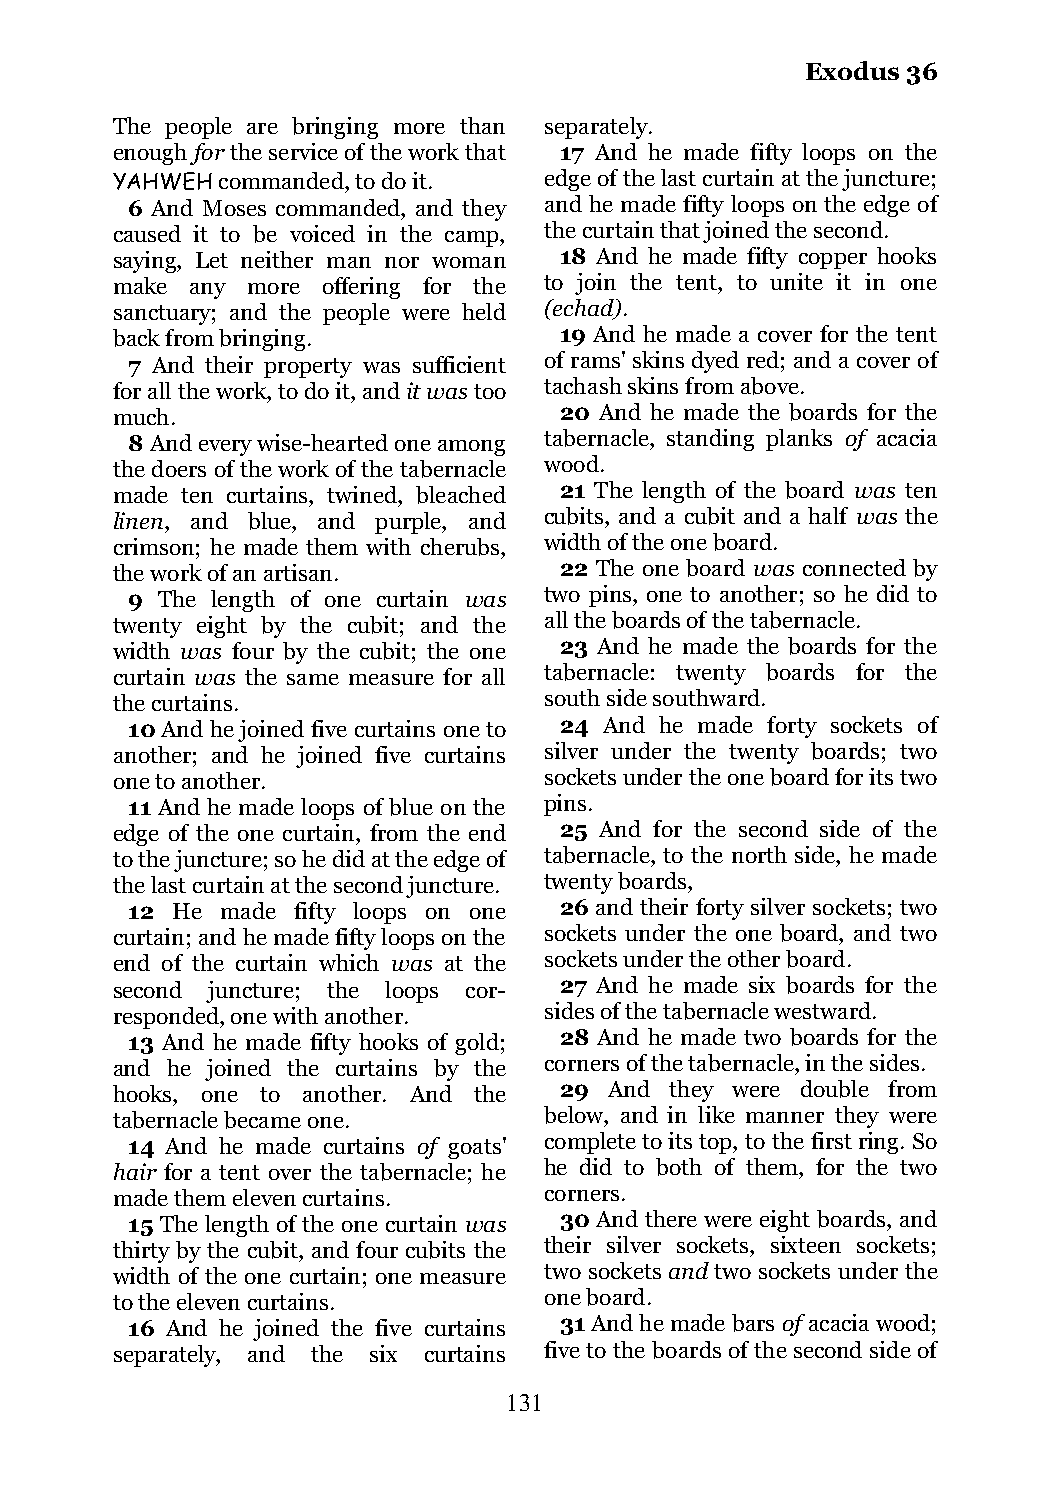
Exodus 36
 The people are bringing more than separately.
 enough for the service of the work that 17 And he made fifty loops on the
 YAHWEH commanded, to do it.  edge of the last curtain at the juncture;
 6 And Moses commanded, and they and he made fifty loops on the edge of
 caused it to be voiced in the camp, the curtain that joined the second.
 saying, Let neither man nor woman 18 And he made fifty copper hooks
 make  any more offering for the to join the tent, to unite it in one
 sanctuary; and the people were held (echad).
 back from bringing.           19 And he made a cover for the tent
 7 And their property was sufficient of rams' skins dyed red; and a cover of
 for all the work, to do it, and it was too tachash skins from above.
 much.                         20 And he made the boards for the
 8 And every wise-hearted one among tabernacle, standing planks of acacia
 the doers of the work of the tabernacle wood.
 made ten curtains, twined, bleached 21 The length of the board was ten
 linen, and blue, and purple, and cubits, and a cubit and a half was the
 crimson; he made them with cherubs, width of the one board.
 the work of an artisan.       22 The one board was connected by
 9 The length of one curtain was two pins, one to another; so he did to
 twenty eight by the cubit; and the all the boards of the tabernacle.
 width was four by the cubit; the one 23 And he made the boards for the
 curtain was the same measure for all tabernacle: twenty boards for the
 the curtains.                south side southward.
 10 And he joined five curtains one to 24 And he made forty sockets of
 another; and he joined five curtains silver under the twenty boards; two
 one to another.              sockets under the one board for its two
 11 And he made loops of blue on the pins.
 edge of the one curtain, from the end 25 And for the second side of the
 to the juncture; so he did at the edge of tabernacle, to the north side, he made
 the last curtain at the second juncture. twenty boards,
 12 He  made fifty loops on one 26 and their forty silver sockets; two
 curtain; and he made fifty loops on the sockets under the one board, and two
 end of the curtain which was at the sockets under the other board.
 second juncture; the loops cor- 27 And he made six boards for the
 responded, one with another. sides of the tabernacle westward.
 13 And he made fifty hooks of gold; 28 And he made two boards for the
 and he joined the curtains by the corners of the tabernacle, in the sides.
 hooks, one to another. And the 29 And they were double from
 tabernacle became one.       below, and in like manner they were
 14 And he made curtains of goats' complete to its top, to the first ring. So
 hair for a tent over the tabernacle; he he did to both of them, for the two
 made them eleven curtains.   corners.
 15 The length of the one curtain was 30 And there were eight boards, and
 thirty by the cubit, and four cubits the their silver sockets, sixteen sockets;
 width of the one curtain; one measure two sockets and two sockets under the
 to the eleven curtains.      one board.
 16 And he joined the five curtains 31 And he made bars of acacia wood;
 separately, and the six curtains five to the boards of the second side of
 131